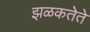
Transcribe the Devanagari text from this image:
झळकतेते